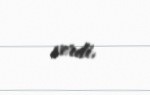
verdi.